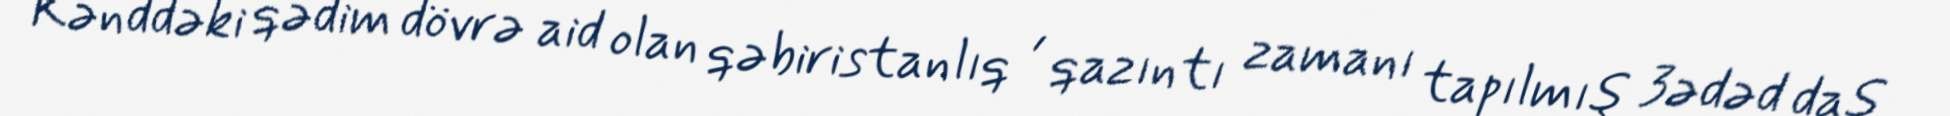
Kənddəki qədim dövrə aid olan qəbiristanlıq , qazıntı zamanı tapılmış 3ədəd daş